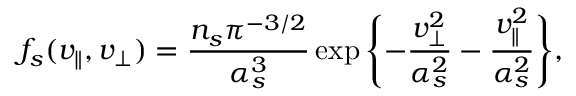
f _ { s } ( v _ { \parallel } , v _ { \perp } ) = \frac { n _ { s } \pi ^ { - 3 / 2 } } { \alpha _ { s } ^ { 3 } } \exp \Bigg \{ { - \frac { v _ { \perp } ^ { 2 } } { \alpha _ { s } ^ { 2 } } - \frac { v _ { \parallel } ^ { 2 } } { \alpha _ { s } ^ { 2 } } } \Bigg \} ,